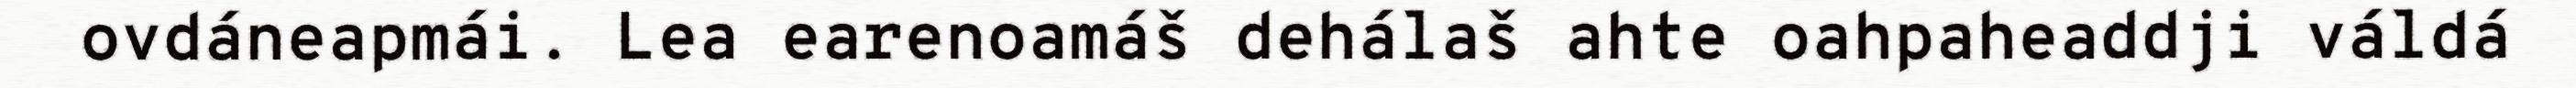
ovdáneapmái. Lea earenoamáš dehálaš ahte oahpaheaddji váldá